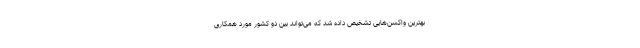
بهترین واکسن‌هایی تشخیص داده شد که می‌تواند بین دو کشور مورد همکاری